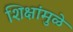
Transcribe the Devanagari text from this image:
शिक्षांमुळे